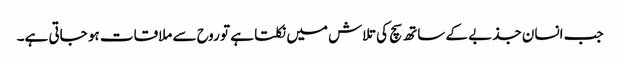
جب انسان جذبے کے ساتھ سچ کی تلاش میں نکلتا ہے تو روح سے ملاقات ہو جاتی ہے۔